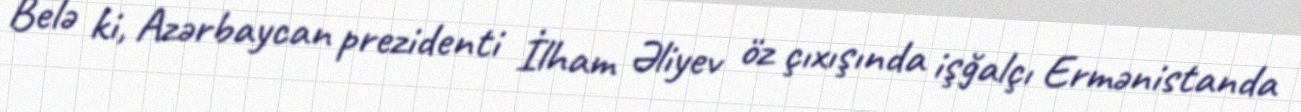
Belə ki, Azərbaycan prezidenti İlham Əliyev öz çıxışında işğalçı Ermənistanda